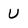
Character: U